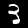
Label: 3